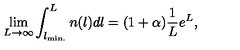
\lim _ { L \to \infty } \int _ { l _ { \mathrm { m i n . } } } ^ { L } n ( l ) d l = ( 1 + \alpha ) { \frac { 1 } { L } } e ^ { L } ,